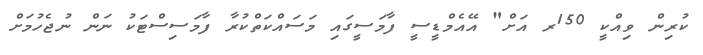
ކުރިން ވިއްކީ 150ރ އަށް" އޭއެމްޑީސީ ފާމަސީގައި މަސައްކަތްކުރާ ފާމަސިސްޓަކު ނަން ނުޖެހުމަށް